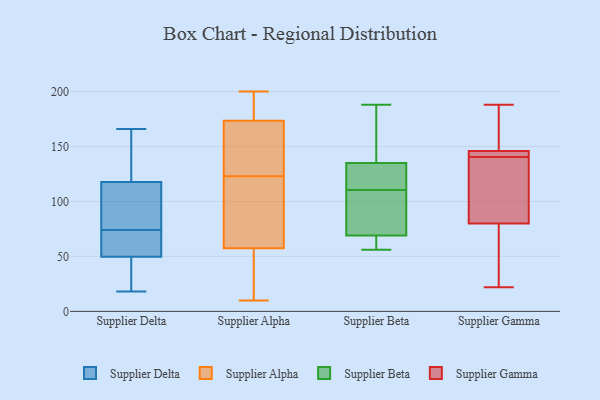
{"axis": {"x": "Net Income (USD K)", "y": "Value"}, "legend": ["Supplier Alpha", "Supplier Beta", "Supplier Delta", "Supplier Gamma"], "data": [{"x": "", "y": 120, "type": "Supplier Delta"}, {"x": "", "y": 98, "type": "Supplier Delta"}, {"x": "", "y": 18, "type": "Supplier Delta"}, {"x": "", "y": 48, "type": "Supplier Delta"}, {"x": "", "y": 111, "type": "Supplier Delta"}, {"x": "", "y": 36, "type": "Supplier Delta"}, {"x": "", "y": 55, "type": "Supplier Delta"}, {"x": "", "y": 68, "type": "Supplier Delta"}, {"x": "", "y": 74, "type": "Supplier Delta"}, {"x": "", "y": 166, "type": "Supplier Delta"}, {"x": "", "y": 154, "type": "Supplier Delta"}, {"x": "", "y": 59, "type": "Supplier Alpha"}, {"x": "", "y": 162, "type": "Supplier Alpha"}, {"x": "", "y": 163, "type": "Supplier Alpha"}, {"x": "", "y": 193, "type": "Supplier Alpha"}, {"x": "", "y": 23, "type": "Supplier Alpha"}, {"x": "", "y": 75, "type": "Supplier Alpha"}, {"x": "", "y": 171, "type": "Supplier Alpha"}, {"x": "", "y": 123, "type": "Supplier Alpha"}, {"x": "", "y": 181, "type": "Supplier Alpha"}, {"x": "", "y": 123, "type": "Supplier Alpha"}, {"x": "", "y": 53, "type": "Supplier Alpha"}, {"x": "", "y": 10, "type": "Supplier Alpha"}, {"x": "", "y": 200, "type": "Supplier Alpha"}, {"x": "", "y": 135, "type": "Supplier Beta"}, {"x": "", "y": 56, "type": "Supplier Beta"}, {"x": "", "y": 98, "type": "Supplier Beta"}, {"x": "", "y": 107, "type": "Supplier Beta"}, {"x": "", "y": 114, "type": "Supplier Beta"}, {"x": "", "y": 188, "type": "Supplier Beta"}, {"x": "", "y": 69, "type": "Supplier Beta"}, {"x": "", "y": 64, "type": "Supplier Beta"}, {"x": "", "y": 115, "type": "Supplier Beta"}, {"x": "", "y": 160, "type": "Supplier Beta"}, {"x": "", "y": 146, "type": "Supplier Gamma"}, {"x": "", "y": 80, "type": "Supplier Gamma"}, {"x": "", "y": 145, "type": "Supplier Gamma"}, {"x": "", "y": 73, "type": "Supplier Gamma"}, {"x": "", "y": 141, "type": "Supplier Gamma"}, {"x": "", "y": 105, "type": "Supplier Gamma"}, {"x": "", "y": 147, "type": "Supplier Gamma"}, {"x": "", "y": 140, "type": "Supplier Gamma"}, {"x": "", "y": 188, "type": "Supplier Gamma"}, {"x": "", "y": 22, "type": "Supplier Gamma"}]}